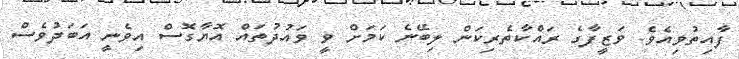
ފާއިތުވިއެވެ. ވަޒީފާގެ ރައްކާތެރިކަން ލިބޭނެ ކަމަށް ވީ ވައުދުތައް އޮޔާގޮސް އިވެނީ އަބަދުވެސް